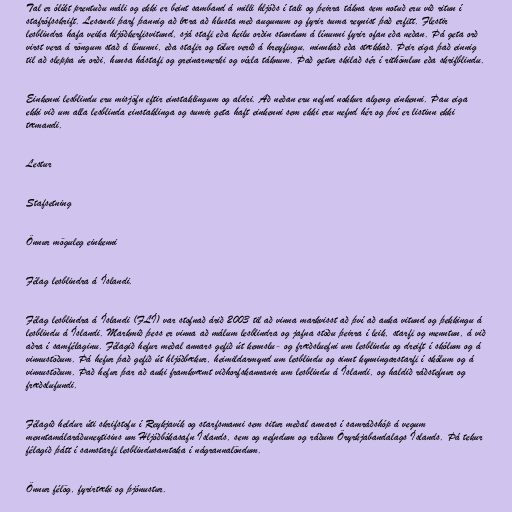
Tal er ólíkt prentuðu máli og ekki er beint samband á milli hljóðs í tali og þeirra tákna sem notuð eru við ritun í
stafrófsskrift. Lesandi þarf þannig að læra að hlusta með augunum og fyrir suma reynist það erfitt. Flestir
lesblindra hafa veika hljóðkerfisvitund, sjá stafi eða heilu orðin stundum á línunni fyrir ofan eða neðan. Þá geta orð
virst vera á röngum stað á línunni, eða stafir og tölur verið á hreyfingu, minnkað eða stækkað. Þeir eiga það einnig
til að sleppa úr orði, hunsa hástafi og greinarmerki og víxla táknum. Það getur skilað sér í rithömlun eða skrifblindu.

Einkenni lesblindu eru misjöfn eftir einstaklingum og aldri. Að neðan eru nefnd nokkur algeng einkenni. Þau eiga
ekki við um alla lesblinda einstaklinga og sumir geta haft einkenni sem ekki eru nefnd hér og því er listinn ekki
tæmandi.

Lestur

Stafsetning

Önnur möguleg einkenni

Félag lesblindra á Íslandi.

Félag lesblindra á Íslandi (FLÍ) var stofnað árið 2003 til að vinna markvisst að því að auka vitund og þekkingu á
lesblindu á Íslandi. Markmið þess er vinna að málum lesblindra og jafna stöðu þeirra í leik, starfi og menntun, á við
aðra í samfélaginu. Félagið hefur meðal annars gefið út kennslu- og fræðsluefni um lesblindu og dreift í skólum og á
vinnustöðum. Þá hefur það gefið út hljóðbækur, heimildarmynd um lesblindu og sinnt kynningarstarfi í skólum og á
vinnustöðum. Það hefur þar að auki framkvæmt viðhorfskannanir um lesblindu á Íslandi, og haldið ráðstefnur og
fræðslufundi.

Félagið heldur úti skrifstofu í Reykjavík og starfsmanni sem situr meðal annars í samráðshóp á vegum
menntamálaráðuneytisins um Hljóðbókasafn Íslands, sem og nefndum og ráðum Öryrkjabandalags Íslands. Þá tekur
félagið þátt í samstarfi lesblindusamtaka í nágrannalöndum.

Önnur félög, fyrirtæki og þjónustur.